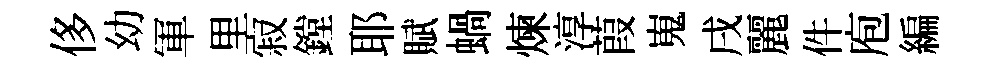
侈幼軍里寂鏜耶賦蝸煉淳葭嵬戌麗件庖編